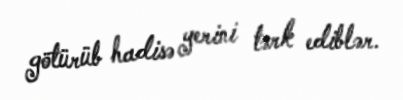
götürüb hadisə yerini tərk ediblər.